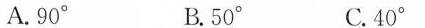
A.90° B.50° C.40°